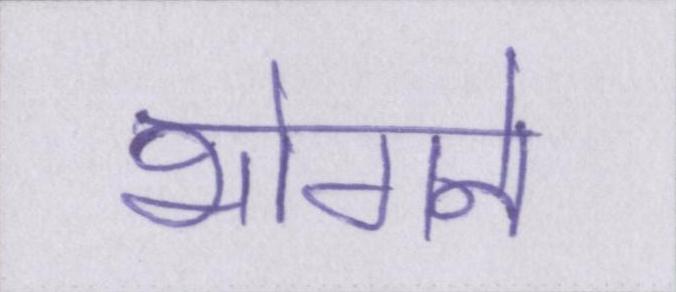
भोगने